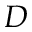
D